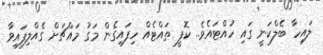
ލައިހާ ބެލްކަނީ ގައި ހުއްޓައެެވެ.. ކޮފީ ތައްޓެއް ހިފައިގެން މަގު މައްޗަށް ގެއްލިފައިވާ